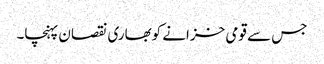
جس سے قومی خزانے کوبھاری نقصان پہنچا۔